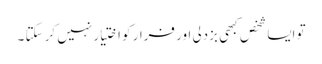
تو ایسا شخص کبھی بزدلی اور فرار کو اختیار نہیں کر سکتا ۔